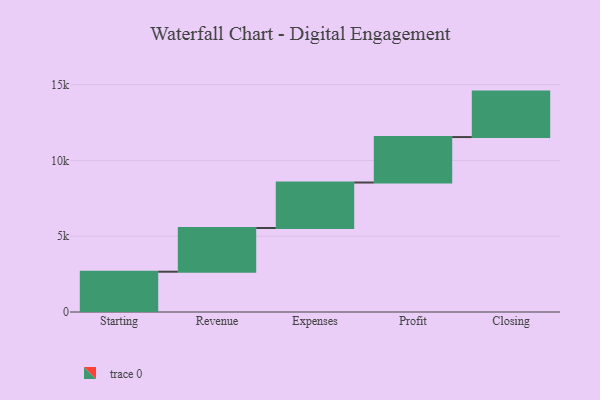
{"axis": {"x": "Step", "y": "Value"}, "legend": [""], "data": [{"x": "Starting", "y": 2659.0, "type": ""}, {"x": "Revenue", "y": 2885.0, "type": ""}, {"x": "Expenses", "y": 3000, "type": ""}, {"x": "Profit", "y": 3000, "type": ""}, {"x": "Closing", "y": 3000, "type": ""}]}